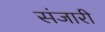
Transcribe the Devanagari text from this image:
संजारी